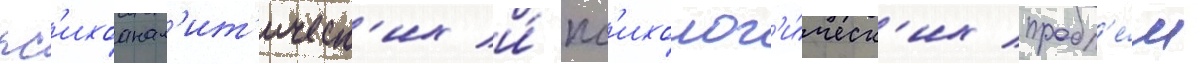
пс'ихоанал'ит'ическ'их и́ пс'ихолог'и́ческ'их пробл'е́м